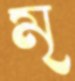
মৃ